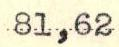
81,62